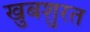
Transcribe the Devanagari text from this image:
खुबशुरत